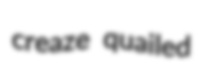
creaze quailed